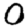
Digit: 0